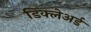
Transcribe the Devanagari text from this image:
डिक्‍लेअर्ड